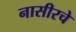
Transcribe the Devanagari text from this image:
नासीरचे